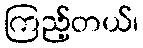
ကြည့်တယ်၊